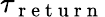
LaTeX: \tau_{\mathrm{~r~e~t~u~r~n~}}